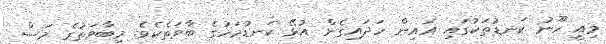
މިއީ ހޫނު ކަނޑުތަކުގައި އައިން ހަދައިގެން އުޅޭ ކަނޑުމަހުގެ ބާވަތެކެވެ. މިބާވަތުގެ މަސް